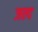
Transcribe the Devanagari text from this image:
जल्द